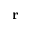
{ \bf r }